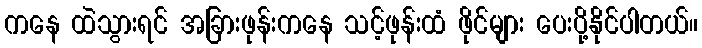
ကနေ ထဲသွားရင် အခြားဖုန်းကနေ သင့်ဖုန်းထံ ဖိုင်များ ပေးပို့နိုင်ပါတယ်။